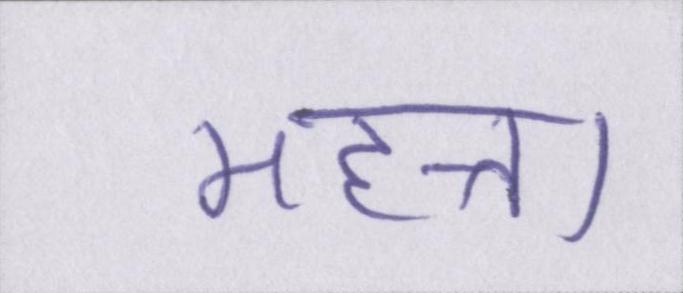
महत्ता